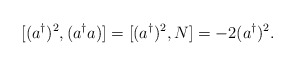
\begin{align*}[(a^\dagger)^2, (a^\dagger a) ] = [(a^\dagger)^2, N ] = -2 (a^\dagger)^2.\end{align*}